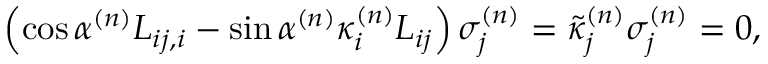
\left( \cos \alpha ^ { ( n ) } L _ { i j , i } - \sin \alpha ^ { ( n ) } \kappa _ { i } ^ { ( n ) } L _ { i j } \right) \sigma _ { j } ^ { ( n ) } = \tilde { \kappa } _ { j } ^ { ( n ) } \sigma _ { j } ^ { ( n ) } = 0 ,